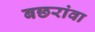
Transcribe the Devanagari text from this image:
बछरांवा